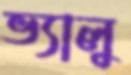
ভ্যালু